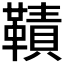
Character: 𩌪